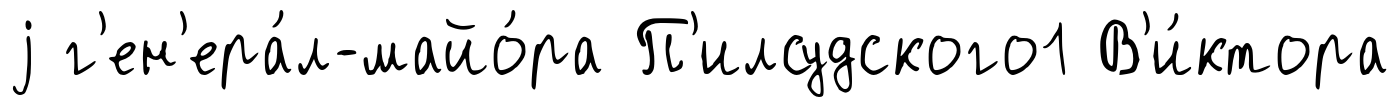
j г'ен'ера́л-майо́ра П'илсудского1 В'и́ктора